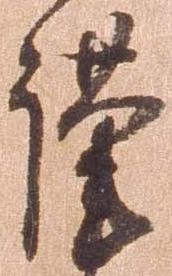
謹